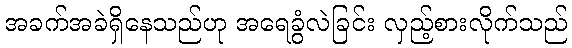
အခက်အခဲရှိနေသည်ဟု အရေခွံလဲခြင်း လှည့်စားလိုက်သည်